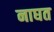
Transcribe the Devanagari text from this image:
नाघत